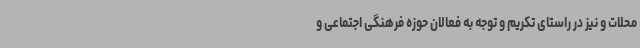
محلات و نیز در راستای تکریم و توجه به فعالان حوزه فرهنگی اجتماعی و